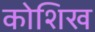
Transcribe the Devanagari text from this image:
कोशिख